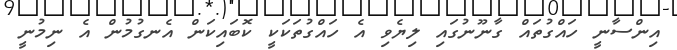
އިންސާނީ ހައްގުތައް ގާނޫނުގައި ލިޔެވި އެ ހައްގުތަކަކީ ކޮބައިކަން އެނގުމުން އެ ނިމުނީ